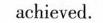
achīcvod,